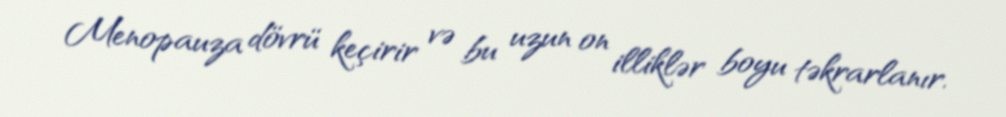
Menopauza dövrü keçirir və bu uzun on illiklər boyu təkrarlanır.